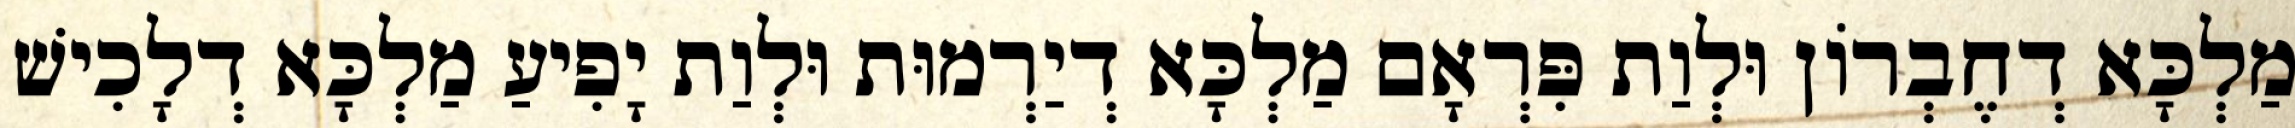
מַלְכָּא דְחֶבְרוֹן וּלְוַת פִּרְאָם מַלְכָּא דְיַרְמוּת וּלְוַת יָפִיעַ מַלְכָּא דְלָכִישׁ